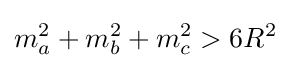
m_{a}^{2}+m_{b}^{2}+m_{c}^{2}>6R^{2}